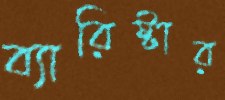
ব্যারিষ্টার